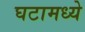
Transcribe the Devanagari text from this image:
घटामध्ये